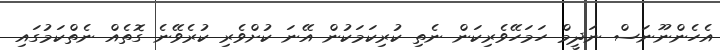
އެހެންނޫނަސް ނަދީމް ހަމަހޭވެރިކަން ނެތި ކުރިކަމަކުން އޭނަ ކުށްވެރި ކުރެވޭނެ ގޮތެއް ނެތްކަމުގައި